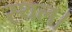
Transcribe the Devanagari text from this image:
स्‍थल।